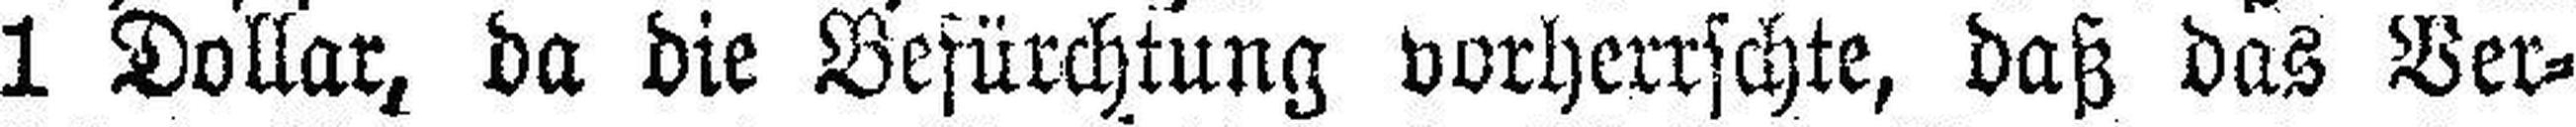
1 Dollar, da die Befürchtung vorherrschte, daß das Ver¬